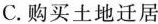
C.购买土地迁居